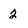
Character: 2